NAE_ERA_R-1665_Eesti_Kunstnike_Liit, lk 15
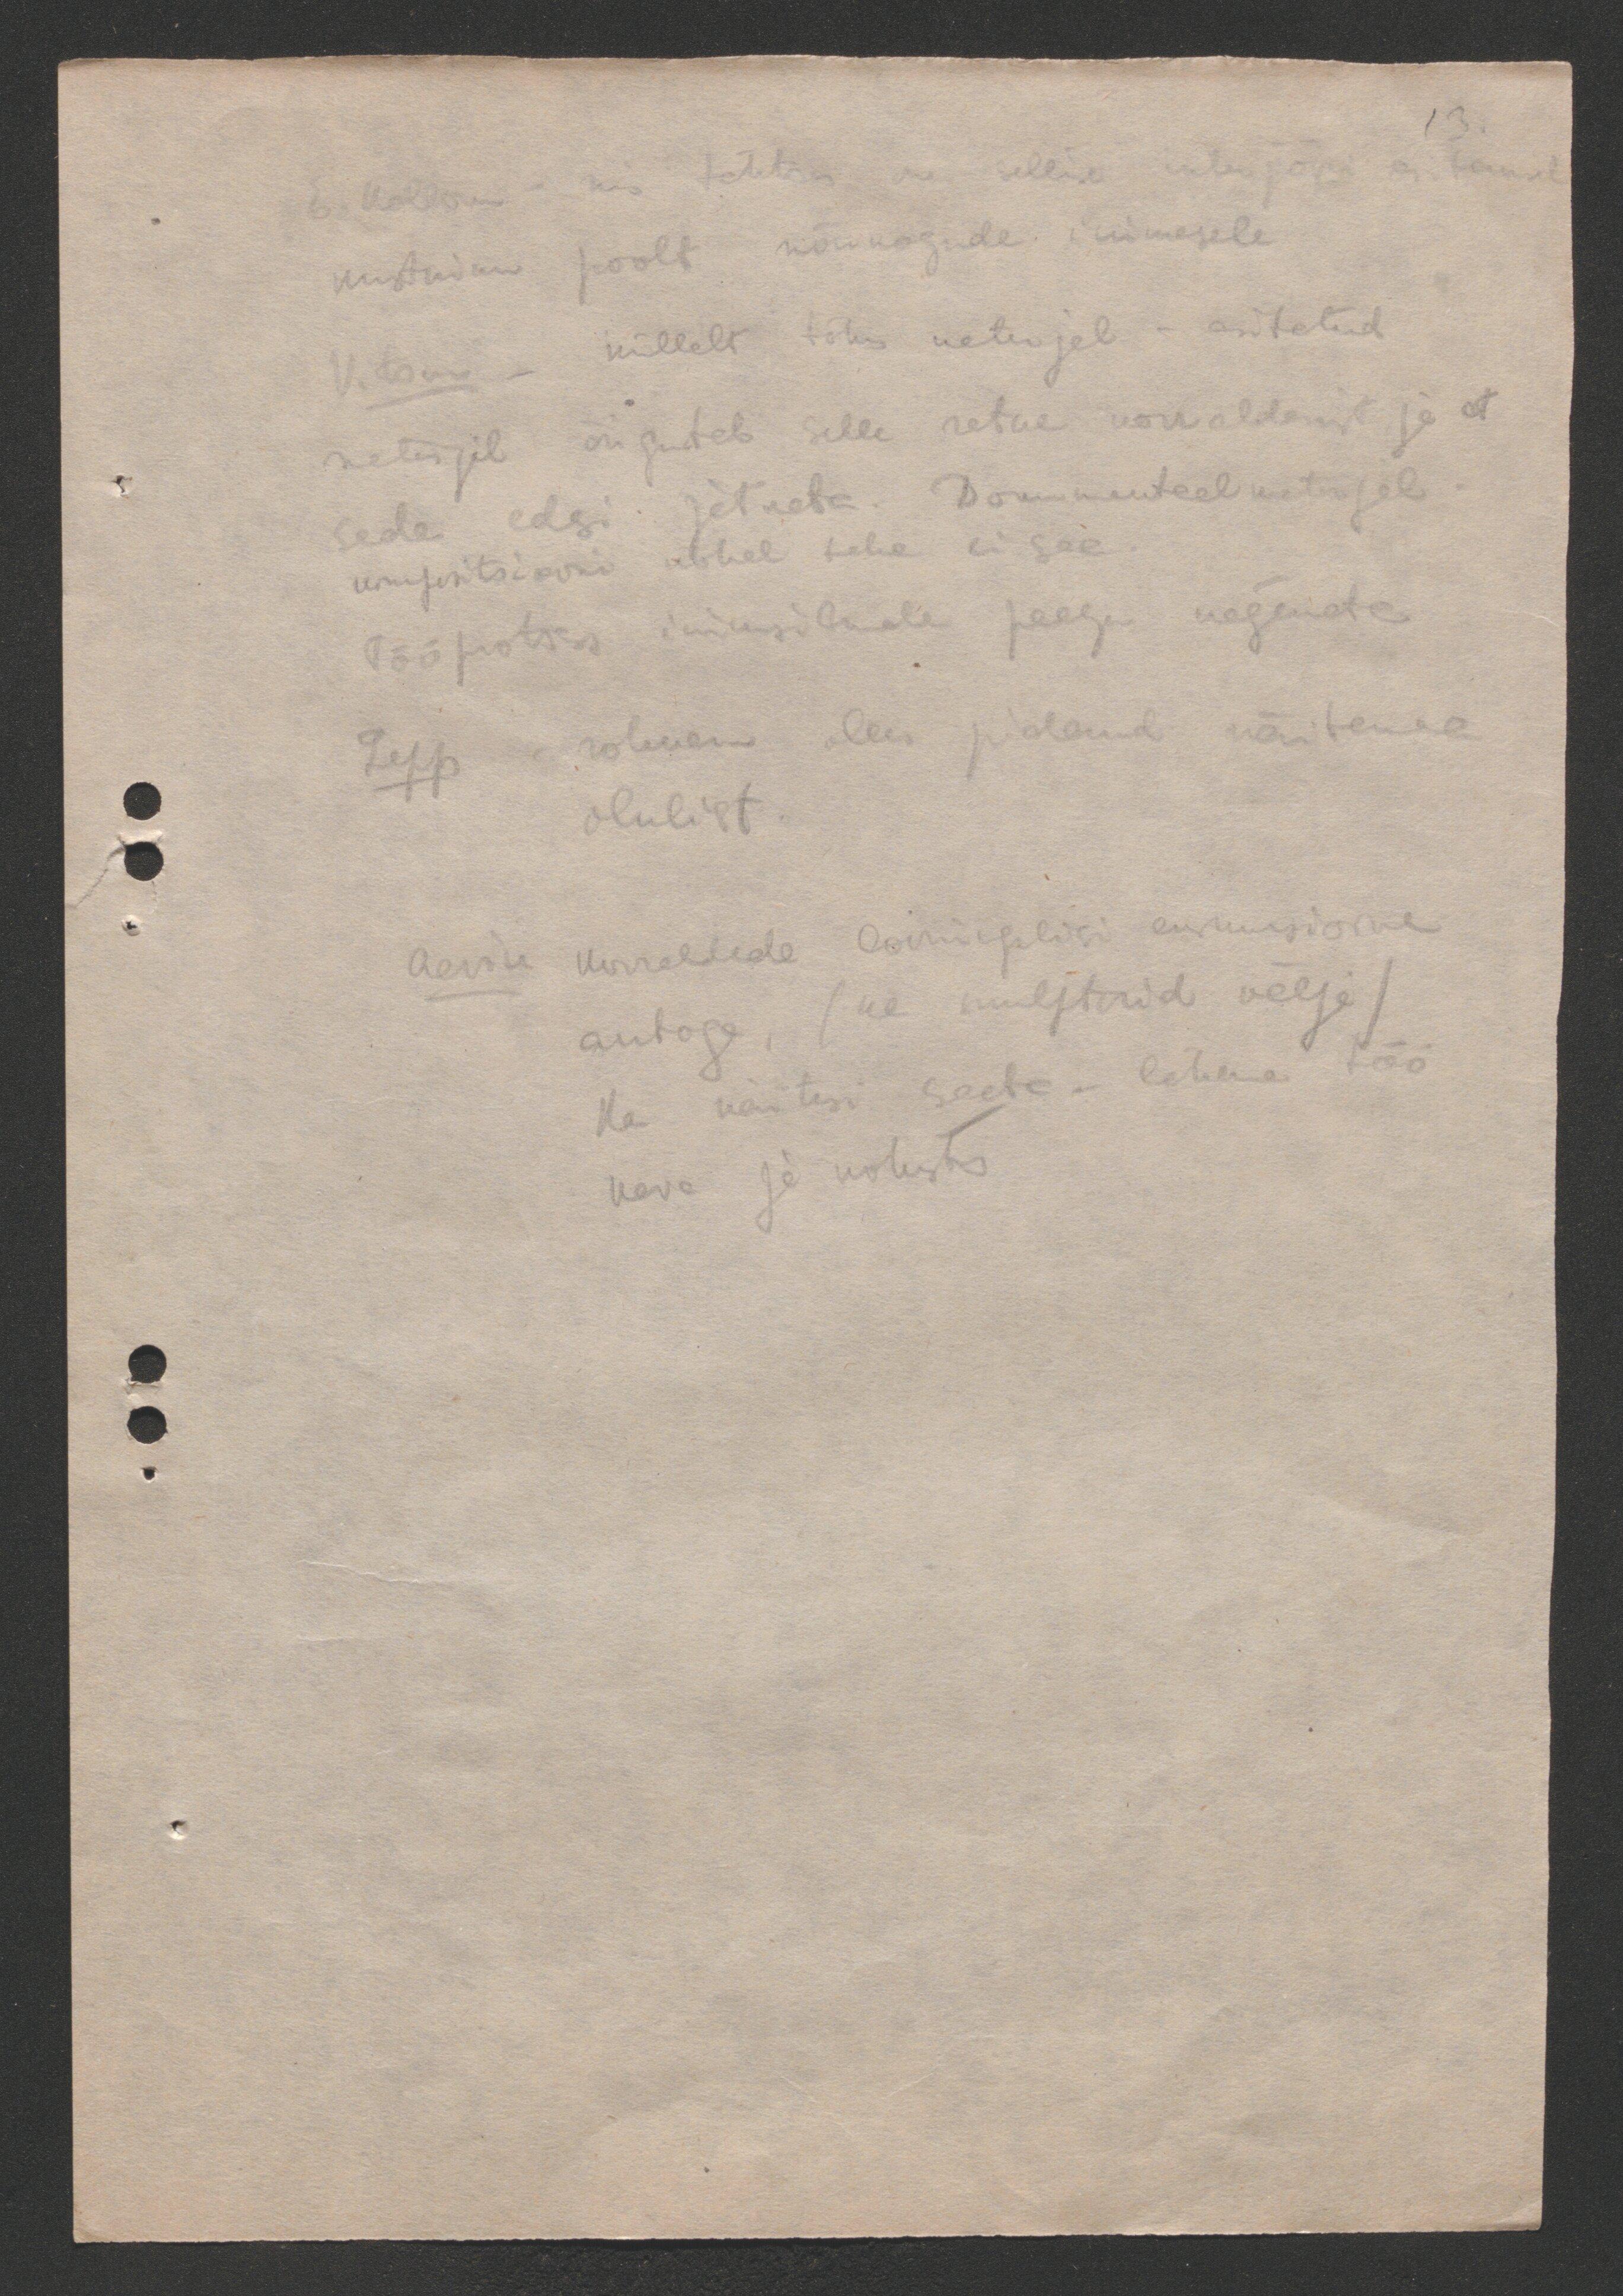
13

E. Kollom mis tähtis on sellise ülesjoni a. tem-
Kustniku poolt nõukogude inimesele,
Vitsus - küllalt tõhus materjel - esitatud
materjal õigustab selle retke korraldamist ja et
seda edasi jätkata. Dokumentaalmaterjal
informatsiooni kohal teha ei saa
tööprotsess inimsilmale peagu nägemata
Lepp rohkem olen pidand näitama
olulist.
Aavik korraldada loomingulisi ekskursioone
autoga, (ka muljterid välja)
Ka näitusi saate- lähema töö
kava ja kohustus